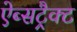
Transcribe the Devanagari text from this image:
ऐब्सट्रैक्ट